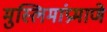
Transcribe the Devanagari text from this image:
मुस्लिमांप्रमाणे